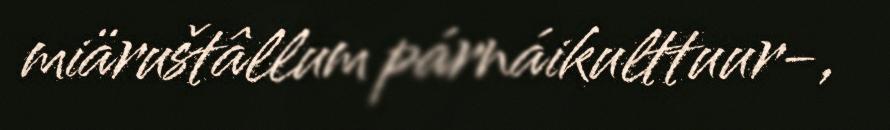
miäruštâllum párnáikulttuur-,